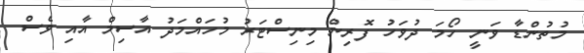
މުތުންޑާ ވަނީ ހޯމަ ދުވަހު ފޮރިން މިނިސްޓަރު މުހައްމަދު އާސިމް އާއި ވެސް